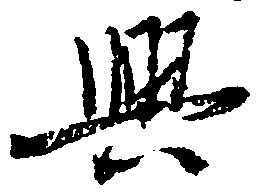
興